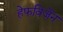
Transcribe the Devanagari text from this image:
हेफविजेंन